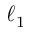
\ell _ { 1 }